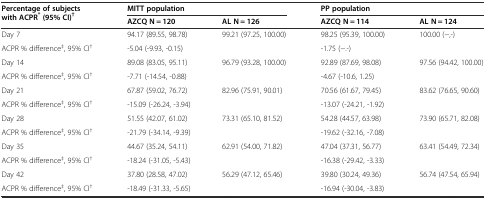
<table><thead><tr><td rowspan="2"><b>Percentage of subjects with ACPR<sup>*</sup>(95% CI)<sup>†</sup></b></td><td colspan="2"><b>MITT population</b></td><td colspan="2"><b>PP population</b></td></tr><tr><td><b>AZCQ N = 120</b></td><td><b>AL N = 126</b></td><td><b>AZCQ N = 114</b></td><td><b>AL N = 124</b></td></tr></thead><tbody><tr><td>Day 7</td><td>94.17 (89.55, 98.78)</td><td>99.21 (97.25, 100.00)</td><td>98.25 (95.39, 100.00)</td><td>100.00 (−,-)</td></tr><tr><td>ACPR % difference<sup>‡</sup>, 95% CI<sup>†</sup></td><td colspan="2">-5.04 (-9.93, -0.15)</td><td colspan="2">-1.75 (−.-)</td></tr><tr><td>Day 14</td><td>89.08 (83.05, 95.11)</td><td>96.79 (93.28, 100.00)</td><td>92.89 (87.69, 98.08)</td><td>97.56 (94.42, 100.00)</td></tr><tr><td>ACPR % difference<sup>‡</sup>, 95% CI<sup>†</sup></td><td colspan="2">-7.71 (-14.54, -0.88)</td><td colspan="2">-4.67 (-10.6, 1.25)</td></tr><tr><td>Day 21</td><td>67.87 (59.02, 76.72)</td><td>82.96 (75.91, 90.01)</td><td>70.56 (61.67, 79.45)</td><td>83.62 (76.65, 90.60)</td></tr><tr><td>ACPR % difference<sup>‡</sup>, 95% CI<sup>†</sup></td><td colspan="2">-15.09 (-26.24, -3.94)</td><td colspan="2">-13.07 (-24.21, -1.92)</td></tr><tr><td>Day 28</td><td>51.55 (42.07, 61.02)</td><td>73.31 (65.10, 81.52)</td><td>54.28 (44.57, 63.98)</td><td>73.90 (65.71, 82.08)</td></tr><tr><td>ACPR % difference<sup>‡</sup>, 95% CI<sup>†</sup></td><td colspan="2">-21.79 (-34.14, -9.39)</td><td colspan="2">-19.62 (-32.16, -7.08)</td></tr><tr><td>Day 35</td><td>44.67 (35.24, 54.11)</td><td>62.91 (54.00, 71.82)</td><td>47.04 (37.31, 56.77)</td><td>63.41 (54.49, 72.34)</td></tr><tr><td>ACPR % difference<sup>‡</sup>, 95% CI<sup>†</sup></td><td colspan="2">-18.24 (-31.05, -5.43)</td><td colspan="2">-16.38 (-29.42, -3.33)</td></tr><tr><td>Day 42</td><td>37.80 (28.58, 47.02)</td><td>56.29 (47.12, 65.46)</td><td>39.80 (30.24, 49.36)</td><td>56.74 (47.54, 65.94)</td></tr><tr><td>ACPR % difference<sup>‡</sup>, 95% CI<sup>†</sup></td><td colspan="2">-18.49 (-31.33, -5.65)</td><td colspan="2">-16.94 (-30.04, -3.83)</td></tr></tbody></table>